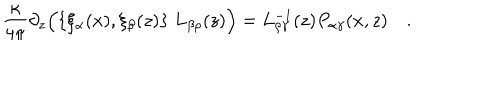
{ \frac { \kappa } { 4 \pi } } \partial _ { z } \Bigl ( \{ \xi _ { \alpha } ( x ) , \xi _ { \beta } ( z ) \} \; L _ { \beta \rho } ( z ) \Bigr ) = L _ { \rho \gamma } ^ { - 1 } ( z ) P _ { \alpha \gamma } ( x , z ) \quad .